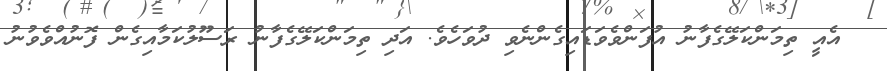
އެއީ ތިމަންކަލޭގެފާނު އުފަންވެވަޑައިގެންނެވި ދުވަހެވެ. އަދި ތިމަންކަލޭގެފާނު ރަސޫލުކަމާއިގެން ފޮނުއްވެވުނު